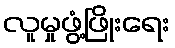
လူမှုဖွံ့ဖြိုးရေး